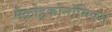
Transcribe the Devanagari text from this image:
मैक्रोइकोनॉमिक्स